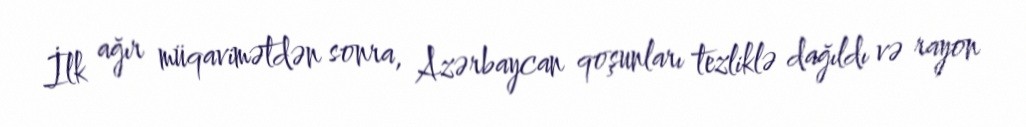
İlk ağır müqavimətdən sonra, Azərbaycan qoşunları tezliklə dağıldı və rayon